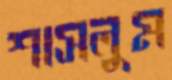
শাসলুম